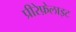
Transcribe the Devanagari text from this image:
प्रीरेफ़ेलाइट